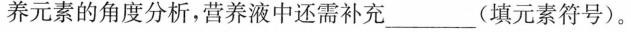
养元素的角度分析，营养液中还需补充___(填元素符号)。